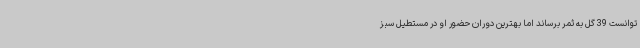
توانست 39 گل به ثمر برساند اما بهترین دوران حضور او در مستطیل سبز